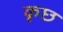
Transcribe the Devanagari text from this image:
कृछ